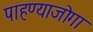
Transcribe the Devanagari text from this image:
पाहण्याजोगा